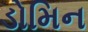
ડોમિન